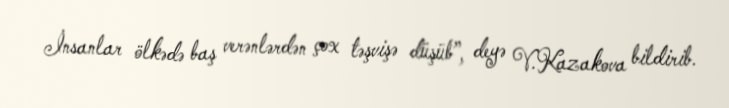
İnsanlar ölkədə baş verənlərdən çox təşvişə düşüb”, deyə V.Kazakova bildirib.